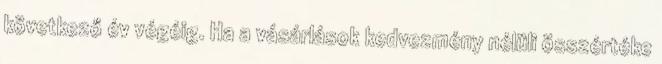
következő év végéig. Ha a vásárlások kedvezmény nélüli összértéke